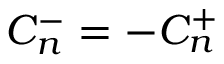
{ \cal C } _ { n } ^ { - } = - { \cal C } _ { n } ^ { + }